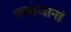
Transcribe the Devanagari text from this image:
कबोजानां